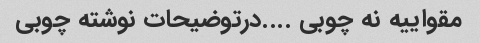
مقواییه نه چوبی ....درتوضیحات نوشته چوبی